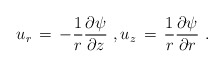
\begin{align*} u_r \,=\, -\frac{1}{r}\frac{\partial \psi}{\partial z}~, u_z \,=\, \frac{1}{r}\frac{\partial \psi}{\partial r}~.\end{align*}